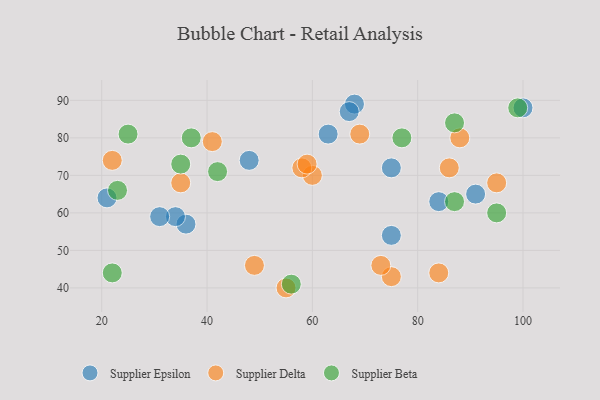
{"axis": {"x": "GDP", "y": "Life Expectancy"}, "legend": ["Supplier Beta", "Supplier Delta", "Supplier Epsilon"], "data": [{"x": "100", "y": 88, "type": "Supplier Epsilon"}, {"x": "68", "y": 89, "type": "Supplier Epsilon"}, {"x": "75", "y": 54, "type": "Supplier Epsilon"}, {"x": "75", "y": 72, "type": "Supplier Epsilon"}, {"x": "48", "y": 74, "type": "Supplier Epsilon"}, {"x": "21", "y": 64, "type": "Supplier Epsilon"}, {"x": "91", "y": 65, "type": "Supplier Epsilon"}, {"x": "36", "y": 57, "type": "Supplier Epsilon"}, {"x": "84", "y": 63, "type": "Supplier Epsilon"}, {"x": "34", "y": 59, "type": "Supplier Epsilon"}, {"x": "67", "y": 87, "type": "Supplier Epsilon"}, {"x": "31", "y": 59, "type": "Supplier Epsilon"}, {"x": "63", "y": 81, "type": "Supplier Epsilon"}, {"x": "88", "y": 80, "type": "Supplier Delta"}, {"x": "75", "y": 43, "type": "Supplier Delta"}, {"x": "55", "y": 40, "type": "Supplier Delta"}, {"x": "41", "y": 79, "type": "Supplier Delta"}, {"x": "60", "y": 70, "type": "Supplier Delta"}, {"x": "58", "y": 72, "type": "Supplier Delta"}, {"x": "35", "y": 68, "type": "Supplier Delta"}, {"x": "49", "y": 46, "type": "Supplier Delta"}, {"x": "69", "y": 81, "type": "Supplier Delta"}, {"x": "73", "y": 46, "type": "Supplier Delta"}, {"x": "95", "y": 68, "type": "Supplier Delta"}, {"x": "22", "y": 74, "type": "Supplier Delta"}, {"x": "86", "y": 72, "type": "Supplier Delta"}, {"x": "84", "y": 44, "type": "Supplier Delta"}, {"x": "59", "y": 73, "type": "Supplier Delta"}, {"x": "35", "y": 73, "type": "Supplier Beta"}, {"x": "99", "y": 88, "type": "Supplier Beta"}, {"x": "56", "y": 41, "type": "Supplier Beta"}, {"x": "42", "y": 71, "type": "Supplier Beta"}, {"x": "23", "y": 66, "type": "Supplier Beta"}, {"x": "77", "y": 80, "type": "Supplier Beta"}, {"x": "22", "y": 44, "type": "Supplier Beta"}, {"x": "87", "y": 84, "type": "Supplier Beta"}, {"x": "37", "y": 80, "type": "Supplier Beta"}, {"x": "95", "y": 60, "type": "Supplier Beta"}, {"x": "25", "y": 81, "type": "Supplier Beta"}, {"x": "87", "y": 63, "type": "Supplier Beta"}]}